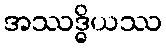
အဿဒ္ဓိယဿ